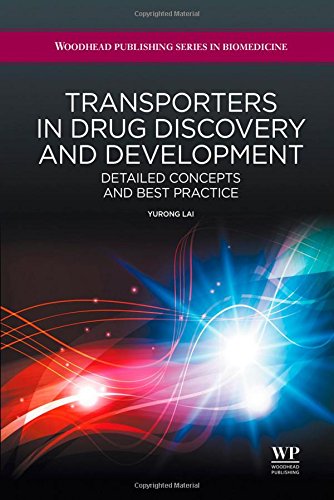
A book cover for Transporters in Drug Discovery and Development: Detailed Concepts and Best Practice (Woodhead Publishing Series in Biomedicine); Yurong Lai; Business & Money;